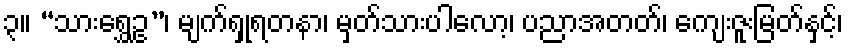
၃။ “သားရွှေဥ”၊ မျက်ရှုရတနာ၊ မှတ်သားပါလော့၊ ပညာအတတ်၊ ကျေးဇူးမြတ်နှင့်၊